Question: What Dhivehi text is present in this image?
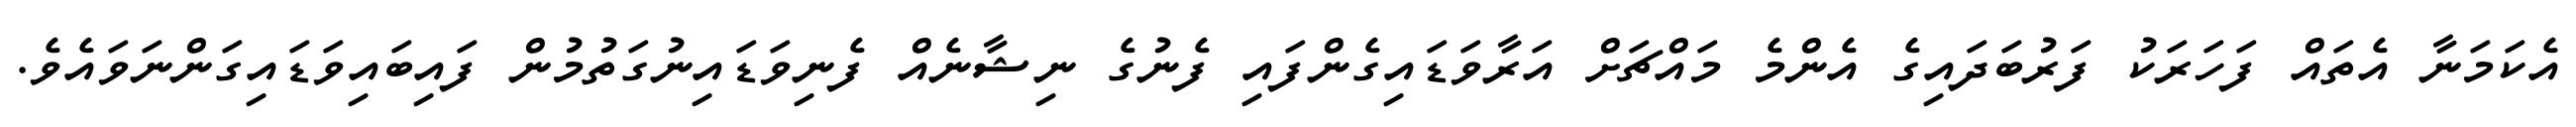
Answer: އެކަމަނާ އެތައް ފަހަރަކު ފަރުބަދައިގެ އެންމެ މައްޗަށް އަރާވަޑައިގެންފައި ފެނުގެ ނިޝާނެއް ފެނިވަޑައިނުގަތުމުން ފައިބައިވަޑައިގަންނަވައެވެ.